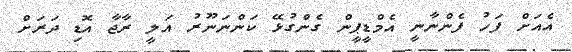
އެއަށް ފަހު ފެންނާނީ އެމްޑީޕީން ގެންގުޅޭ ކަންނަނޫރު އަލީ ރާޖާ އޮޑި ދަރަށް